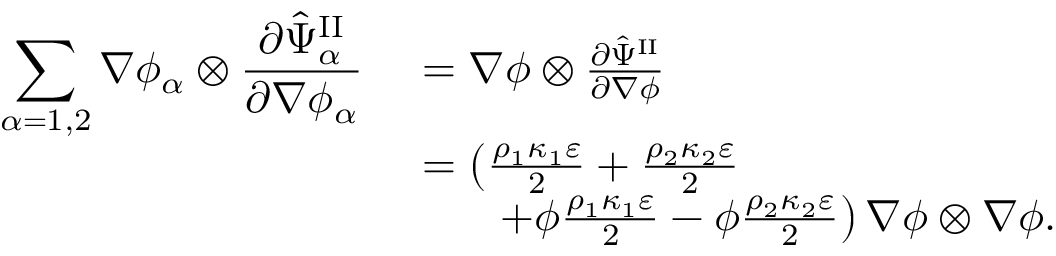
\begin{array} { r l } { \displaystyle \sum _ { \alpha = 1 , 2 } \nabla \phi _ { \alpha } \otimes \frac { \partial \hat { \Psi } _ { \alpha } ^ { \mathrm { I I } } } { \partial \nabla \phi _ { \alpha } } } & { ~ = \nabla \phi \otimes \frac { \partial \hat { \Psi } ^ { \mathrm { I I } } } { \partial \nabla \phi } } \\ & { ~ = \left( \frac { \rho _ { 1 } \kappa _ { 1 } \varepsilon } { 2 } + \frac { \rho _ { 2 } \kappa _ { 2 } \varepsilon } { 2 } \right. } \\ & { \quad \quad \left. + \phi \frac { \rho _ { 1 } \kappa _ { 1 } \varepsilon } { 2 } - \phi \frac { \rho _ { 2 } \kappa _ { 2 } \varepsilon } { 2 } \right) \nabla \phi \otimes \nabla \phi . } \end{array}